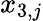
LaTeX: x_{3,j}